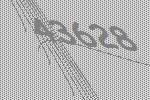
43628